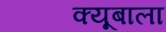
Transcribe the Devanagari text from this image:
क्यूबाला